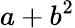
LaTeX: a+b^{2}